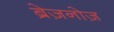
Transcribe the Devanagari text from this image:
ब्रेज़नोज़